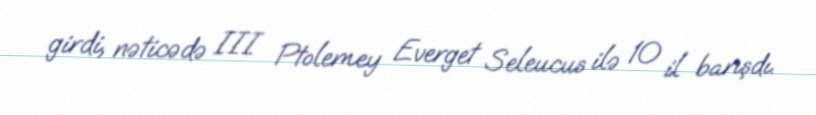
girdi, nəticədə III Ptolemey Everget Seleucus ilə 10 il barışdı.